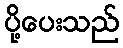
ပို့ပေးသည်